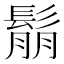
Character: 鬅